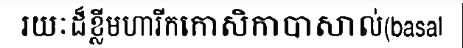
រយៈដ៏ខ្លីមហារីកកោសិកាបាសាល់(basal